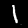
Label: 1